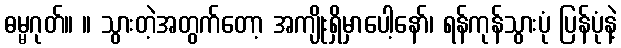
ဓမ္မဂုတ်။ ။ သွားတဲ့အတွက်တော့ အကျိုးရှိမှာပေါ့နော်၊ ရန်ကုန်သွားပုံ ပြန်ပုံနဲ့